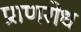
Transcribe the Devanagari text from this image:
प्राणरोध